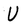
Character: U